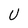
Character: U